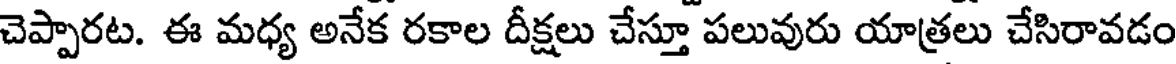
చెప్పారట. ఈ మధ్య అనేక రకాల దీక్షలు చేస్తూ పలువురు యాత్రలు చేసిరావడం